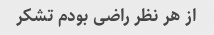
از هر نظر راضی بودم تشکر